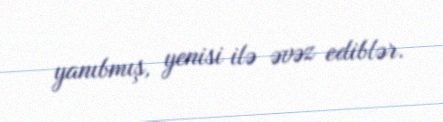
yanıbmış, yenisi ilə əvəz ediblər.